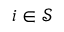
i \in \mathcal { S }